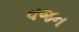
વજન